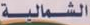
الشمالية